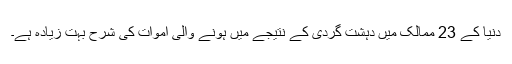
دنیا کے 23 ممالک میں دہشت گردی کے نتیجے میں ہونے والی اموات کی شرح بہت زیادہ ہے۔